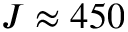
J \approx 4 5 0